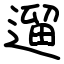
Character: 遛